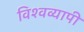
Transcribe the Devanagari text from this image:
विश्‍वव्‍यापी